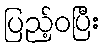
ပြည့်ဝပြီး